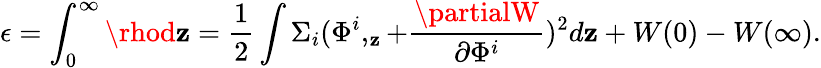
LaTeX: \epsilon=\int_{0}^{\infty}\rhod\mathbf{z}=\frac{1}{2}\int\Sigma_{i}(\Phi^{i},_{\mathbf{z}}+\frac{{\partialW}}{{\partial\Phi^{i}}})^{2}d\mathbf{z}+W(0)-W(\infty).